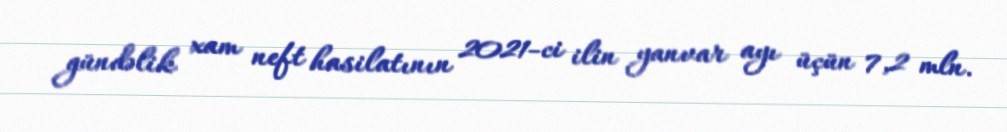
gündəlik xam neft hasilatının 2021-ci ilin yanvar ayı üçün 7,2 mln.